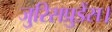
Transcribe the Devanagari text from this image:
जुरिसप्रुडेंस।